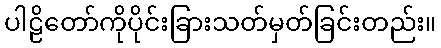
ပါဠိတော်ကိုပိုင်းခြားသတ်မှတ်ခြင်းတည်း။